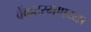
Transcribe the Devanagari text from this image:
वेंकटरमणय्या